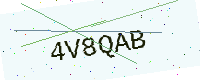
Text: 4V8QAB